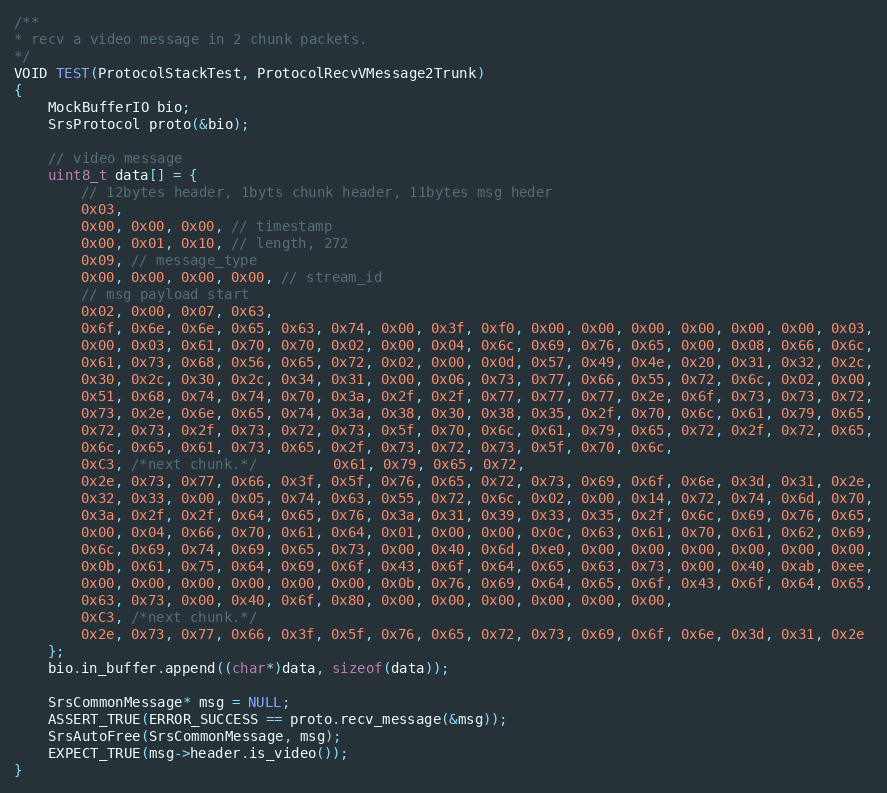
Language: C++
/**
* recv a video message in 2 chunk packets.
*/
VOID TEST(ProtocolStackTest, ProtocolRecvVMessage2Trunk)
{
    MockBufferIO bio;
    SrsProtocol proto(&bio);

    // video message
    uint8_t data[] = {
        // 12bytes header, 1byts chunk header, 11bytes msg heder
        0x03,
        0x00, 0x00, 0x00, // timestamp
        0x00, 0x01, 0x10, // length, 272
        0x09, // message_type
        0x00, 0x00, 0x00, 0x00, // stream_id
        // msg payload start
        0x02, 0x00, 0x07, 0x63,
        0x6f, 0x6e, 0x6e, 0x65, 0x63, 0x74, 0x00, 0x3f, 0xf0, 0x00, 0x00, 0x00, 0x00, 0x00, 0x00, 0x03,
        0x00, 0x03, 0x61, 0x70, 0x70, 0x02, 0x00, 0x04, 0x6c, 0x69, 0x76, 0x65, 0x00, 0x08, 0x66, 0x6c,
        0x61, 0x73, 0x68, 0x56, 0x65, 0x72, 0x02, 0x00, 0x0d, 0x57, 0x49, 0x4e, 0x20, 0x31, 0x32, 0x2c,
        0x30, 0x2c, 0x30, 0x2c, 0x34, 0x31, 0x00, 0x06, 0x73, 0x77, 0x66, 0x55, 0x72, 0x6c, 0x02, 0x00,
        0x51, 0x68, 0x74, 0x74, 0x70, 0x3a, 0x2f, 0x2f, 0x77, 0x77, 0x77, 0x2e, 0x6f, 0x73, 0x73, 0x72,
        0x73, 0x2e, 0x6e, 0x65, 0x74, 0x3a, 0x38, 0x30, 0x38, 0x35, 0x2f, 0x70, 0x6c, 0x61, 0x79, 0x65,
        0x72, 0x73, 0x2f, 0x73, 0x72, 0x73, 0x5f, 0x70, 0x6c, 0x61, 0x79, 0x65, 0x72, 0x2f, 0x72, 0x65,
        0x6c, 0x65, 0x61, 0x73, 0x65, 0x2f, 0x73, 0x72, 0x73, 0x5f, 0x70, 0x6c,
        0xC3, /*next chunk.*/         0x61, 0x79, 0x65, 0x72,
        0x2e, 0x73, 0x77, 0x66, 0x3f, 0x5f, 0x76, 0x65, 0x72, 0x73, 0x69, 0x6f, 0x6e, 0x3d, 0x31, 0x2e,
        0x32, 0x33, 0x00, 0x05, 0x74, 0x63, 0x55, 0x72, 0x6c, 0x02, 0x00, 0x14, 0x72, 0x74, 0x6d, 0x70,
        0x3a, 0x2f, 0x2f, 0x64, 0x65, 0x76, 0x3a, 0x31, 0x39, 0x33, 0x35, 0x2f, 0x6c, 0x69, 0x76, 0x65,
        0x00, 0x04, 0x66, 0x70, 0x61, 0x64, 0x01, 0x00, 0x00, 0x0c, 0x63, 0x61, 0x70, 0x61, 0x62, 0x69,
        0x6c, 0x69, 0x74, 0x69, 0x65, 0x73, 0x00, 0x40, 0x6d, 0xe0, 0x00, 0x00, 0x00, 0x00, 0x00, 0x00,
        0x0b, 0x61, 0x75, 0x64, 0x69, 0x6f, 0x43, 0x6f, 0x64, 0x65, 0x63, 0x73, 0x00, 0x40, 0xab, 0xee,
        0x00, 0x00, 0x00, 0x00, 0x00, 0x00, 0x0b, 0x76, 0x69, 0x64, 0x65, 0x6f, 0x43, 0x6f, 0x64, 0x65,
        0x63, 0x73, 0x00, 0x40, 0x6f, 0x80, 0x00, 0x00, 0x00, 0x00, 0x00, 0x00,
        0xC3, /*next chunk.*/
        0x2e, 0x73, 0x77, 0x66, 0x3f, 0x5f, 0x76, 0x65, 0x72, 0x73, 0x69, 0x6f, 0x6e, 0x3d, 0x31, 0x2e
    };
    bio.in_buffer.append((char*)data, sizeof(data));

    SrsCommonMessage* msg = NULL;
    ASSERT_TRUE(ERROR_SUCCESS == proto.recv_message(&msg));
    SrsAutoFree(SrsCommonMessage, msg);
    EXPECT_TRUE(msg->header.is_video());
}